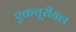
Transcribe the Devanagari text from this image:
एकचूरीयल